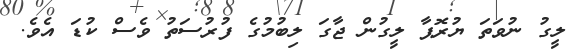
ލީގު ނުވަތަ ޔުރޮޕާ ލީގުން ޖާގަ ލިބުމުގެ ފުރުސަތު ވެސް ކުޑަ އެވެ.